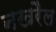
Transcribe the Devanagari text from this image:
नखरैल